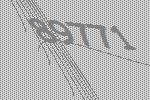
89771